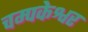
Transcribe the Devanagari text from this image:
चम्पकेश्वर